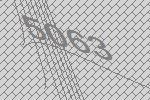
5063